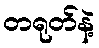
တရုတ်နဲ့